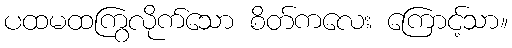
ပထမထကြွလိုက်သော စိတ်ကလေး ကြောင့်သာ။